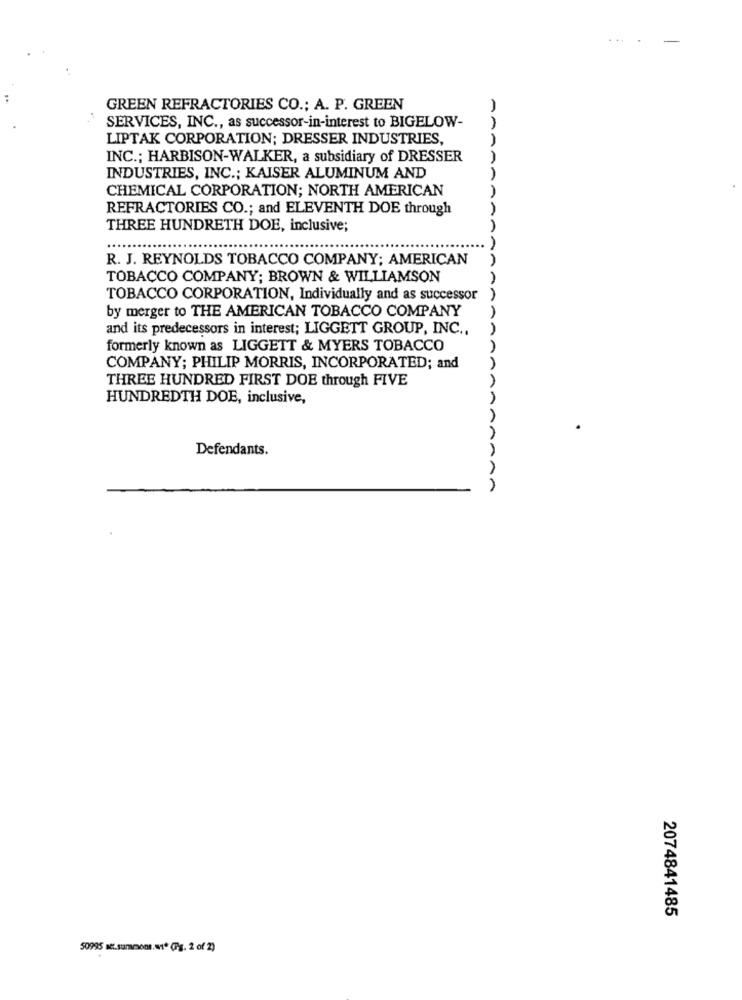
. ..
GREEN REFRACTORIES CO .; A. P. GREEN
SERVICES, INC ., as successor-in-interest to BIGELOW-
LIPTAK CORPORATION; DRESSER INDUSTRIES,
INC .; HARBISON-WALKER, a subsidiary of DRESSER
AAAA
INDUSTRIES, INC .; KAISER ALUMINUM AND
CHEMICAL CORPORATION; NORTH AMERICAN
REFRACTORIES CO .; and ELEVENTH DOE through
A
THREE HUNDRETH DOE, inclusive;
R. J. REYNOLDS TOBACCO COMPANY; AMERICAN
TOBACCO COMPANY; BROWN & WILLIAMSON
TOBACCO CORPORATION, Individually and as successor
by merger to THE AMERICAN TOBACCO COMPANY
and its predecessors in interest; LIGGETT GROUP, INC .,
formerly known as LIGGETT & MYERS TOBACCO
COMPANY; PHILIP MORRIS, INCORPORATED; and
THREE HUNDRED FIRST DOE through FIVE
HUNDREDTH DOE, inclusive,
Defendants.
2074841485
50995 ML.summons.Me (Pg. 2 of 2)